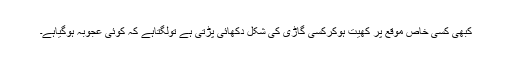
کبھی کسی خاص موقع پر کھیت ہوکرکسی گاڑی کی شکل دکھائی پڑتی ہے تولگتاہے کہ کوئی عجوبہ ہوگیاہے۔